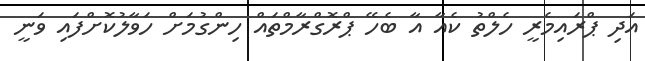
އަދި ޕްރައިމެރީ ހެލްތު ކެއާ އާ ބެހޭ ޕްރޮގްރާމްތައް ހިންގުމަށް ހަވާލުކޮށްފައި ވަނީ